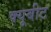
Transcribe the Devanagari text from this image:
क्यूबीट